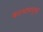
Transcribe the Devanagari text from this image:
कल्थामपुथूर